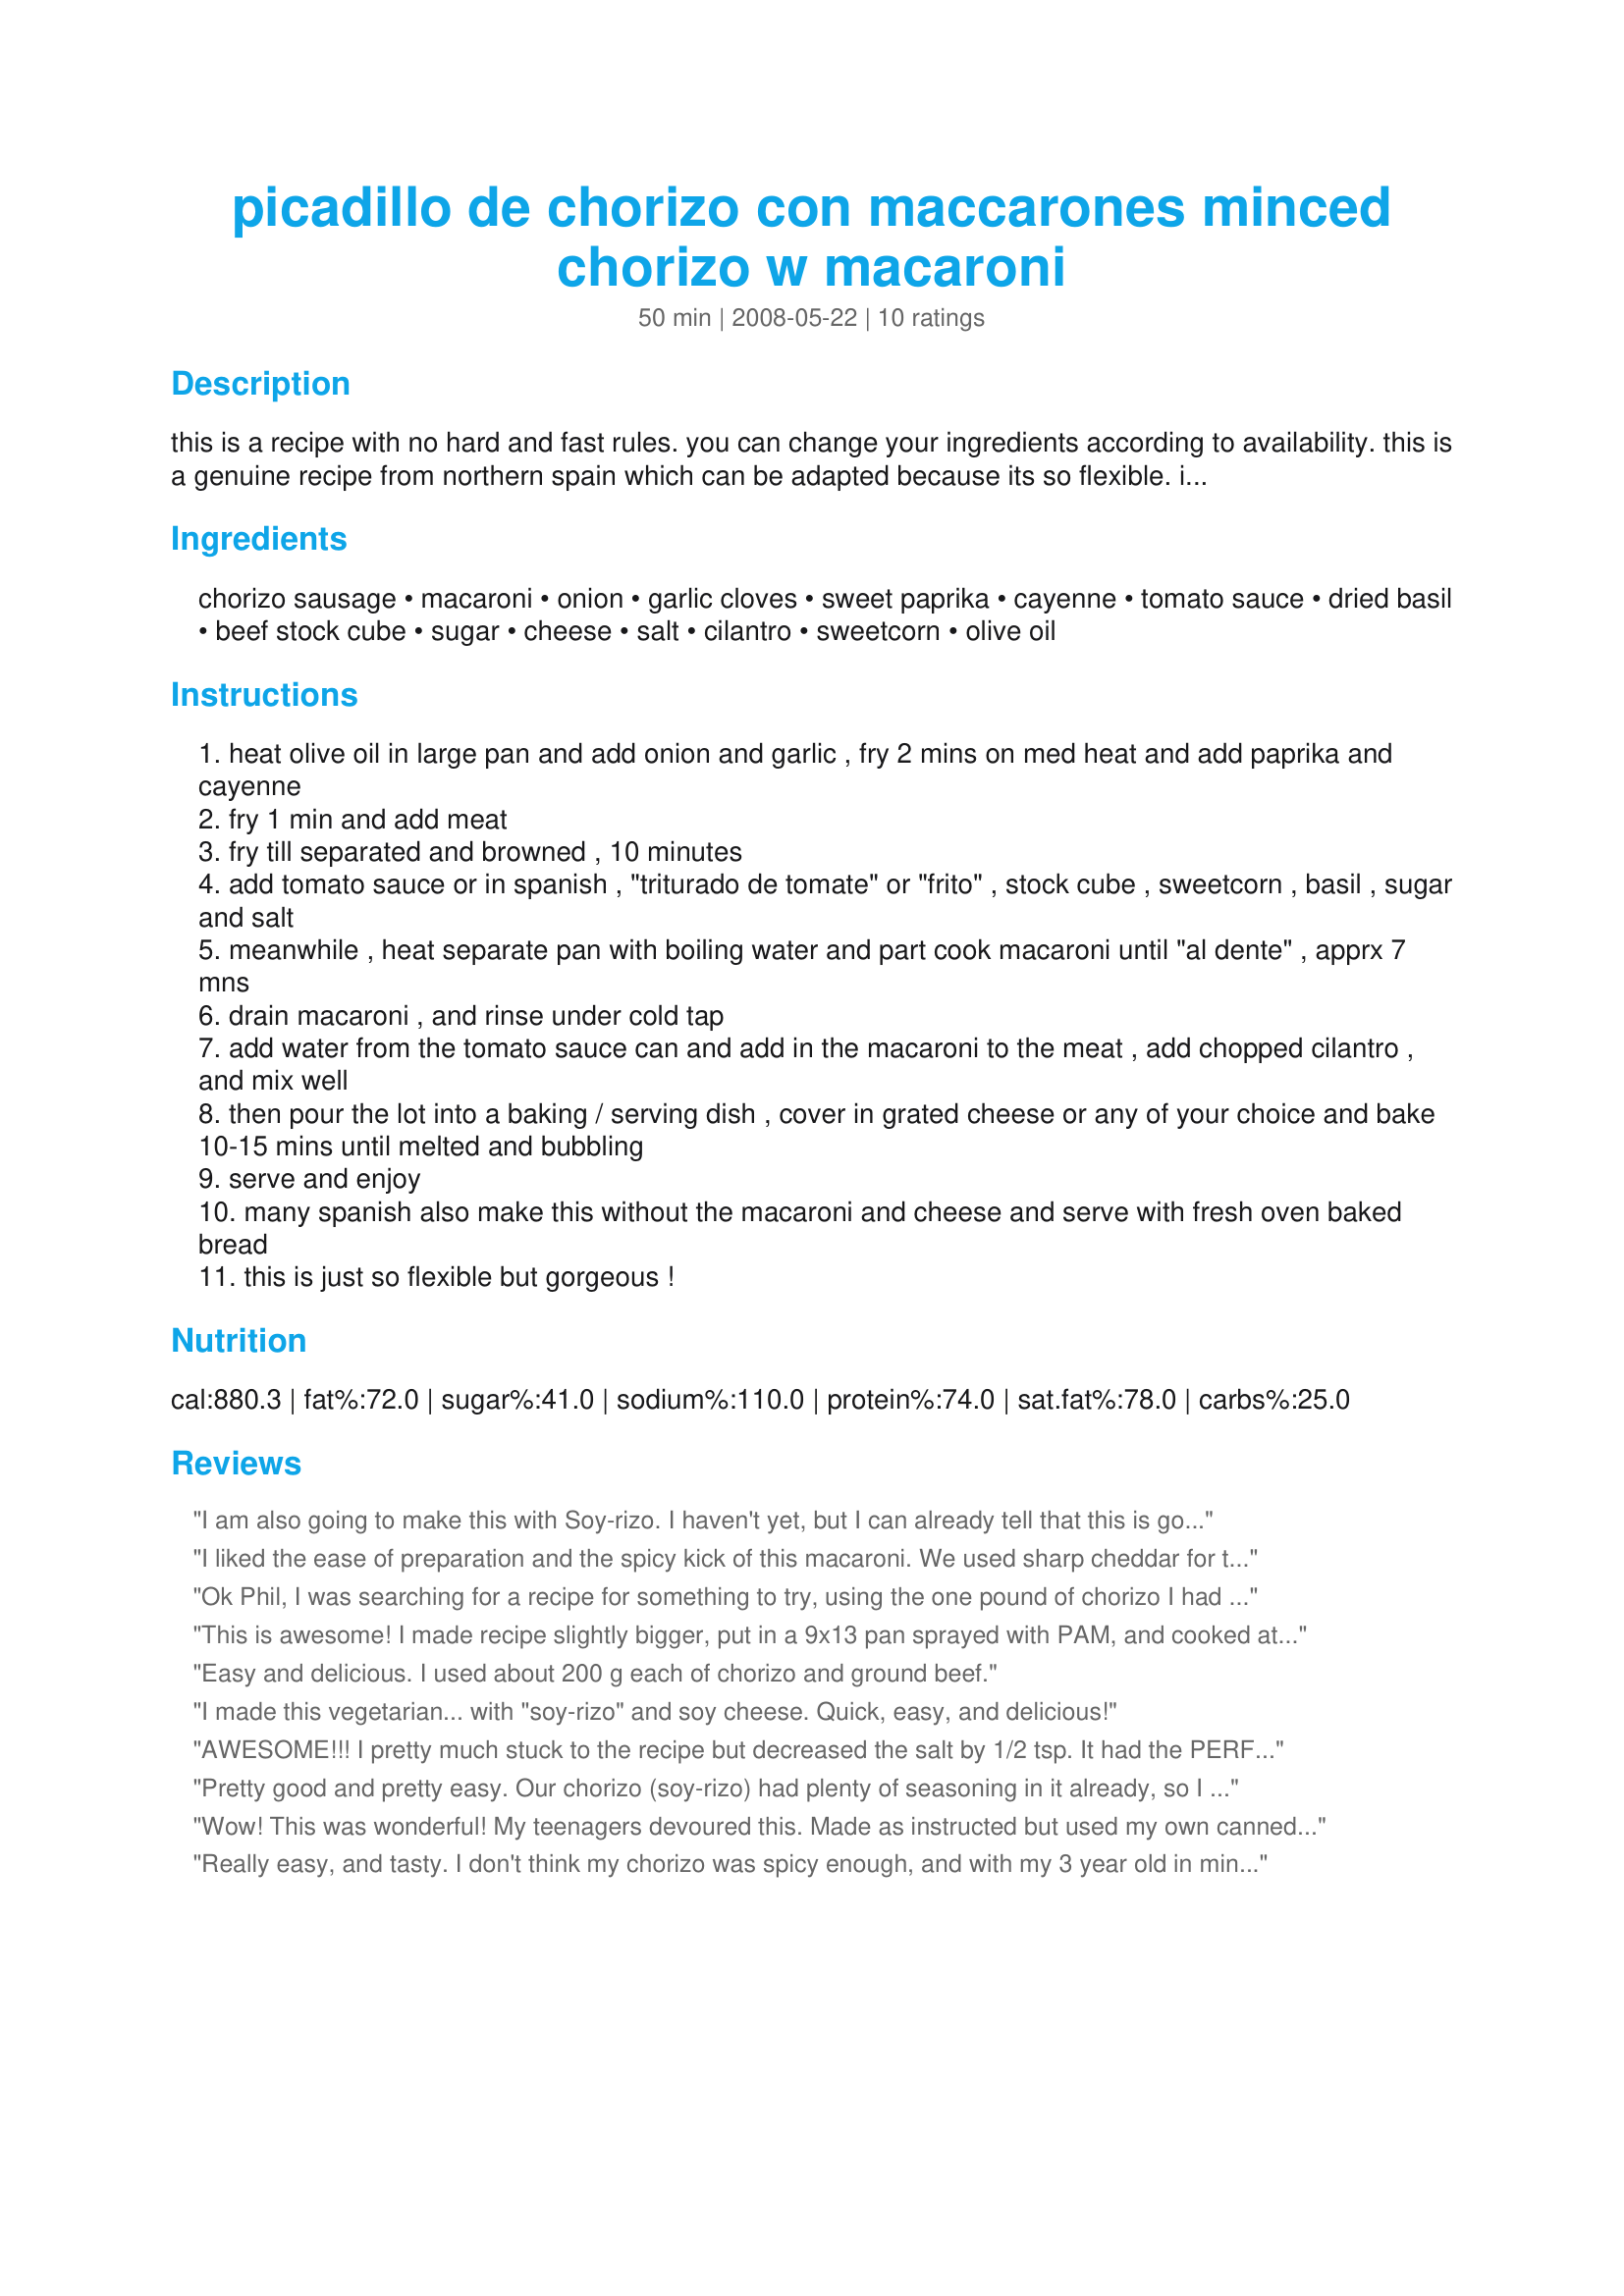
picadillo de chorizo con maccarones minced chorizo w macaroni
Preparation time: 50 minutes

this is a recipe with no hard and fast rules. you can change your ingredients according to availability. this is a genuine recipe from northern spain which can be adapted because its so flexible. if you cant get minced chorizo, the best way is to use half ground beef, half pork and some pieces of chorizo cut into small pieces. its great, easy and the taste is supreme.

Ingredients:
chorizo sausage, macaroni, onion, garlic cloves, sweet paprika, cayenne, tomato sauce, dried basil, beef stock cube, sugar, cheese, salt, cilantro, sweetcorn, olive oil

Steps:
heat olive oil in large pan and add onion and garlic , fry 2 mins on med heat and add paprika and cayenne
fry 1 min and add meat
fry till separated and browned , 10 minutes
add tomato sauce or in spanish , "triturado de tomate" or "frito" , stock cube , sweetcorn , basil , sugar and salt
meanwhile , heat separate pan with boiling water and part cook macaroni until "al dente" , apprx 7 mns
drain macaroni , and rinse under cold tap
add water from the tomato sauce can and add in the macaroni to the meat , add chopped cilantro , and mix well
then pour the lot into a baking / serving dish , cover in grated cheese or any of your choice and bake 10-15 mins until melted and bubbling
serve and enjoy
many spanish also make this without the macaroni and cheese and serve with fresh oven baked bread
this is just so flexible but gorgeous !

Reviews:
I am also going to make this with Soy-rizo. I haven't yet, but I can already tell that this is going to be amazing. Thanks, Phil! :)
I liked the ease of preparation and the spicy kick of this macaroni. We used sharp cheddar for the cheese and made no modifications to the recipe. We baked at 350 degrees F. While we liked this, we didnt love it. It made for a nice lunch. Thanks, Phil.
Ok Phil, I was searching for a recipe for something to try, using the one pound of chorizo I had in the freezer. I read your recipe and had most of the ingredients on hand, saw the other 5 star review and decided to give it a try. WOW!!!!! We LOVED this recipe! There were just a few minor substitutions I had to do, because of what I had on hand to use, but it was SO GOOD, it's definitely going into my repetoire of "regular" recipes. I had to substitute fetuccini for the macaroni (just broke it up into pieces), and had to use petite diced tomatoes in juice, for the tomato sauce. And I didn't have fresh cilantro on hand, like I thought. For sure, I'll add that in next time! I liked how you explained that it's a flexible recipe. I probably cut the salt to about 1/2 tsp, and the cayenne pepper to about 1/4 tsp. It was still plenty zippy! Because I was a bit short on time, I fully cooked the noodles, before adding it to the sauce, so I only needed to brown the cheese under the broiler, instead of baking it for a long time. That being given, I realized that I didn't need the extra water in the sauce (that I had already added!) so I cooked the sauce down a bit to thicken the sauce, and let the water evaporate. Then added half the cheese (you may want to edit to specify what type of cheese to use; I used sharp cheddar) tossed it with the dish, and topped with the remaining cheese and melted under the broiler. Wow, it was so good, on a chilly fall evening! The recipe served 8 of us. It's a very different twist on a beef-cheese- noodle type of casserole. Thank you so much, I'll be watching out for your other recipes.
This is awesome! I made recipe slightly bigger, put in a 9x13 pan sprayed with PAM, and cooked at 375 degrees for 25 minutes. Thought I wouldn't like the corn, but I did! Used 1 can of tomato paste mixed with water, b/c I didn't have sauce. Added 2 minced jalapenos. YUMMMMMMMY!
Easy and delicious. I used about 200 g each of chorizo and ground beef.
I made this vegetarian... with "soy-rizo" and soy cheese. Quick, easy, and delicious!
AWESOME!!! I pretty much stuck to the recipe but decreased the salt by 1/2 tsp. It had the PERFECT amount of seasoning, not too hot for me (I don't like spicey) but hot enough for my husband (he didn't have to add anything to make it more spicey!) Thanks for the GREAT recipe!
Pretty good and pretty easy. Our chorizo (soy-rizo) had plenty of seasoning in it already, so I didn't add any more paprika, chili pepper, basil, or the bouillon cube. By the time I got to the step where instructed to transfer everything to a baking dish and turn on the oven, I considered the pile of dishes I had already used (no dishwasher) and the July temperature in my kitchen, and I decided I'd just finish cooking it all on the stovetop in the skillet that it was already in. I added the macaroni with some water to the skillet and let it simmer (covered) just a couple more minutes for the macaroni to finish cooking and then added the cheese, which melted quickly. Of course, if you want your cheese browned, stick with the oven method.
Wow! This was wonderful! My teenagers devoured this. Made as instructed but used my own canned tomato sauce. Topped it with a mexican cheese blend. Thanks for sharing.
Really easy, and tasty. I don't think my chorizo was spicy enough, and with my 3 year old in mind, I cut the cayenne down to 1/4 tsp. Next time, I'll add more cayenne and find a more flavorful chorizo. I don't like corn in things, so I substituted green peppers, which worked nicely. My husband really liked this dish, so it will be made again. Thank you!
